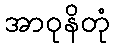
အာဝုနိတုံ